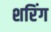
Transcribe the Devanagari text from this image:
शरिंग